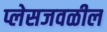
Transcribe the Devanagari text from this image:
प्लेसजवळील